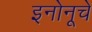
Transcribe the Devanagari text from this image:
इनोनूचे